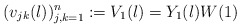
\begin{align*} (v_{jk}(\l))_{j,k=1}^n := V_1(\l)= Y_1(\l)W(1)\end{align*}